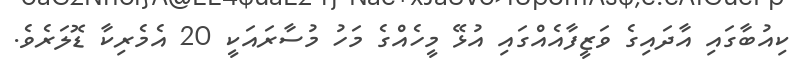
ކިއުބާގައި އާދައިގެ ވަޒީފާއެއްގައި އުޅޭ މީހެއްގެ މަހު މުސާރައަކީ 20 އެމެރިކާ ޑޮލަރެވެ.